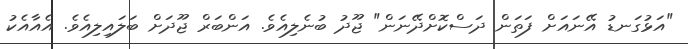
"އަޅުގަނޑު އޭނައަށް ފަތަން ދަސްކޮށްދޭނަން" ޖޫދު ބުނެލިއެވެ. އަންބަރް ޖޫދަށް ބަލައިލިއެވެ. އެއާއެކު